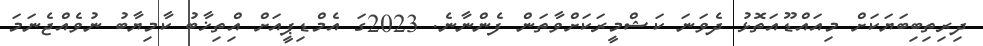
ދިރިތިބިބަޔަކަށް މިއައްޑޫއަތޮޅު ދެވަނަ ކަޝްމީރަކަށްވާތަން ފެންނާނެ. 2023ގަ އެމްޑިޕީއަށް އިްތިޚާބު ކާމިޔާބު ނުވެއްޖެނަމަ